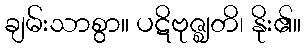
ချမ်းသာစွာ။ ပဋိဗုဇ္ဈတိ၊ နိုး၏။